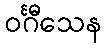
ဝင်္ဂီသေန